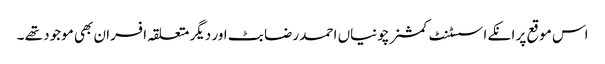
اس موقع پر انکے اسسٹنٹ کمشنر چونیاں احمد رضا بٹ اور دیگر متعلقہ افسران بھی موجود تھے ۔